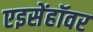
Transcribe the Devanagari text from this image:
एइसेंहॉवर